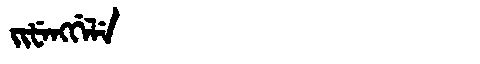
Manchu: ᠵᡳᡶᡝᠩᡤᡝᠯᡝ
Romanization: JIFENGGELE